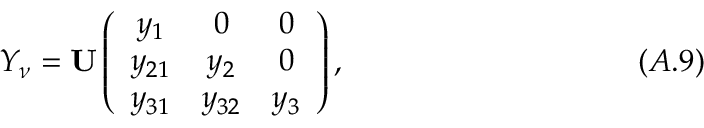
Y _ { \nu } = { \bf U } \left( \begin{array} { c c c } { { y _ { 1 } } } & { { 0 } } & { { 0 } } \\ { { y _ { 2 1 } } } & { { y _ { 2 } } } & { { 0 } } \\ { { y _ { 3 1 } } } & { { y _ { 3 2 } } } & { { y _ { 3 } } } \end{array} \right) , \eqno ( A . 9 )